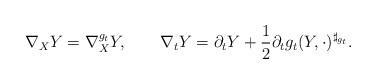
LaTeX: \begin{align*}\nabla_X Y=\nabla^{g_t}_X Y,\qquad\nabla_t Y=\partial_t Y+\frac{1}{2}\partial_t g_t(Y,\cdot)^{\sharp_{g_t}}.\end{align*}